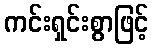
ကင်းရှင်းစွာဖြင့်